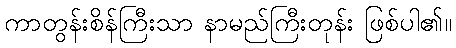
ကာတွန်းစိန်ကြီးသာ နာမည်ကြီးတုန်း ဖြစ်ပါ၏။